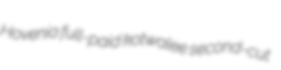
Hovenia full-paid kotwalee second-cut